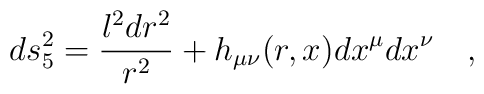
ds^2_5={l^2 dr^2 \over r^2}+h_{\mu\nu}(r,x)dx^\mu dx^\nu~~~,